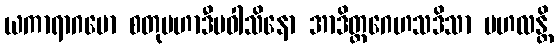
ယကာရာဂမော စတုမဟာဒီပဝါသိနော အာဒိတ္တဂေဟသဒိသာ ဗဟလန္တိ